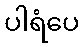
ပါရံပေ